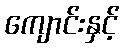
ကျောင်းနှင့်